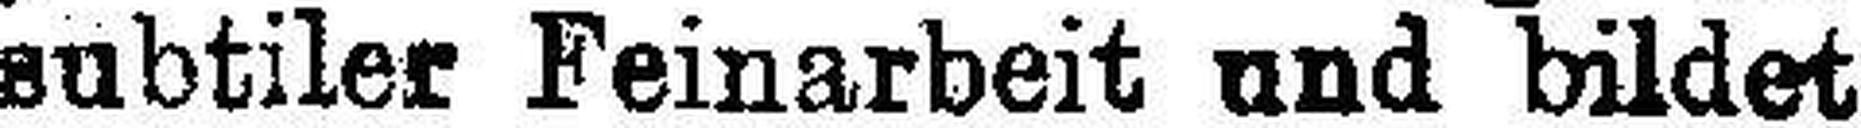
subtiler Feinarbeit und bildet